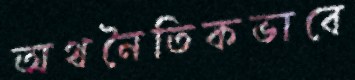
অথনৈতিকভাবে